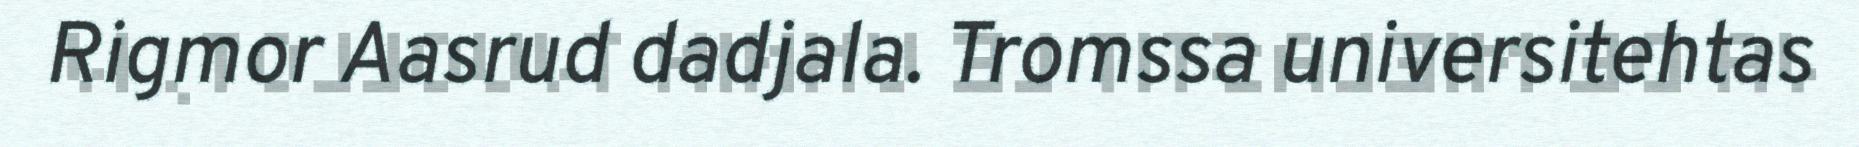
Rigmor Aasrud dadjala. Tromssa universitehtas